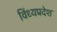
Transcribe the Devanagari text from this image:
विंध्यप्रदेश